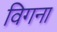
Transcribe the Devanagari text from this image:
विगना